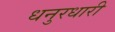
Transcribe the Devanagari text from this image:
धनुरधारी